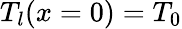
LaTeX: T_{l}(x=0)=T_{0}